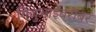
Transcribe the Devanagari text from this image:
गिजुभाईंबरोबर